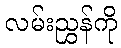
လမ်းညွှန်ကို